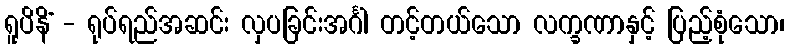
ရူပိနိံ - ရုပ်ရည်အဆင်း လှပခြင်းအင်္ဂါ တင့်တယ်သော လက္ခဏာနှင့် ပြည့်စုံသော၊